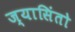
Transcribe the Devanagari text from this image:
ज्यासिंतो